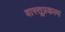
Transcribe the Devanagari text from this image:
वास्तूप्रकल्प